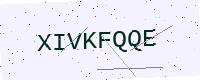
Text: XIVKFQQE